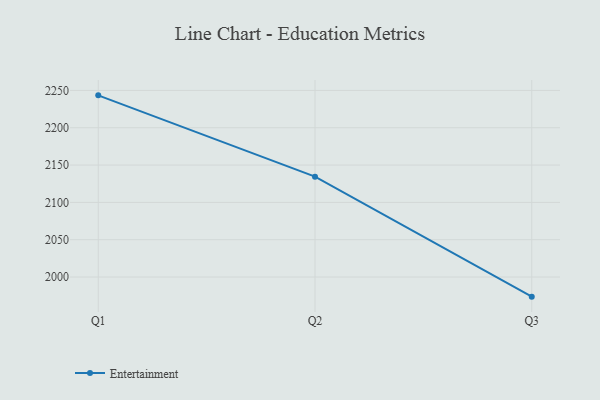
{"axis": {"x": "Quarter", "y": "Bounce Rate (%)"}, "legend": ["Entertainment"], "data": [{"x": "Q1", "y": 2243.4, "type": "Entertainment"}, {"x": "Q2", "y": 2134.5, "type": "Entertainment"}, {"x": "Q3", "y": 1973.7, "type": "Entertainment"}]}